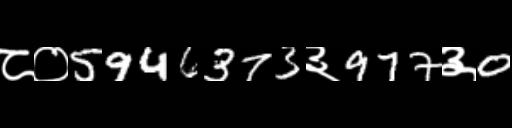
Text: ८०5946373३977३0